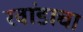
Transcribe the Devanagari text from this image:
रवांडाचा